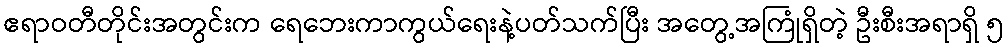
ဧရာဝတီတိုင်းအတွင်းက ရေဘေးကာကွယ်ရေးနဲ့ပတ်သက်ပြီး အတွေ့အကြုံရှိတဲ့ ဦးစီးအရာရှိ ၅